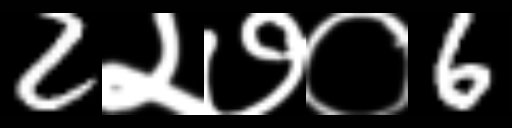
Text: 2२७०6